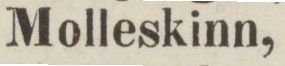
Molleskinn,